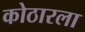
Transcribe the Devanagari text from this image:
कोठारला